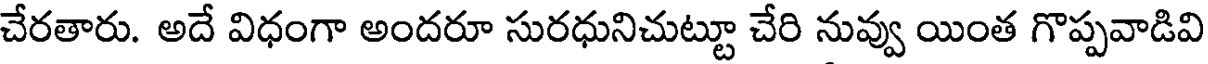
చేరతారు. అదే విధంగా అందరూ సురధునిచుట్టూ చేరి నువ్వు యింత గొప్పవాడివి